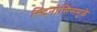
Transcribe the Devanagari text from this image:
स्टिनोसिसमुळे